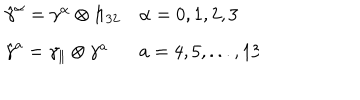
\begin{array} { l l } { { \hat { \gamma } ^ { \alpha } = \gamma ^ { \alpha } \otimes 1 \! \! 1 _ { 3 2 } } } & { { \alpha = 0 , 1 , 2 , 3 } } \\ { { \hat { \gamma } ^ { a } = \gamma _ { \parallel } \otimes \gamma ^ { a } } } & { { a = 4 , 5 , . . . , 1 3 } } \\ \end{array} \hspace { 5 . 5 c m }